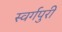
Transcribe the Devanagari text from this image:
स्वर्गपुरी